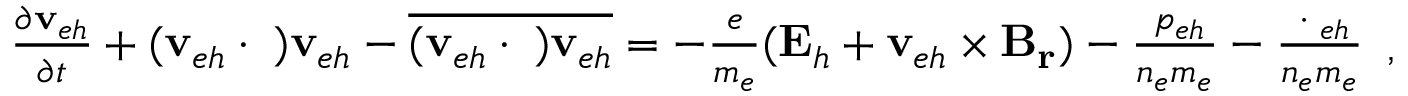
\begin{array} { r } { \frac { \partial \mathbf { v } _ { e h } } { \partial t } + ( \mathbf { v } _ { e h } \cdot \triangledown ) \mathbf { v } _ { e h } - \overline { { ( \mathbf { v } _ { e h } \cdot \triangledown ) \mathbf { v } _ { e h } } } = - \frac { e } { m _ { e } } ( \mathbf { E } _ { h } + \mathbf { v } _ { e h } \times \mathbf { B _ { r } } ) - \frac { \triangledown p _ { e h } } { n _ { e } m _ { e } } - \frac { \triangledown \cdot { \bf \Pi } _ { e h } } { n _ { e } m _ { e } } } \end{array} ,